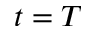
t = T